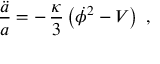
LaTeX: \frac { \ddot { a } } { a } = - \, \frac { \kappa } { 3 } \left( { \dot { \phi } } ^ { 2 } - V \right) \; ,